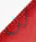
لن